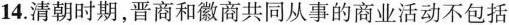
14.清朝时期，晋商和徽商共同从事的商业活动不包括